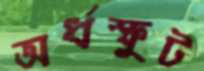
অর্ধস্ফুট